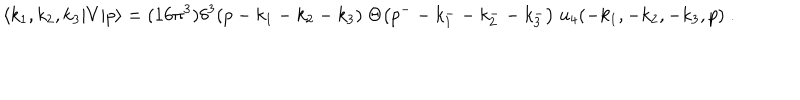
\langle k _ { 1 } , k _ { 2 } , k _ { 3 } | V | p \rangle = ( 1 6 \pi ^ { 3 } ) \delta ^ { 3 } ( p - k _ { 1 } - k _ { 2 } - k _ { 3 } ) \; \Theta \bigl ( p ^ { -- } k _ { 1 } ^ { -- } k _ { 2 } ^ { -- } k _ { 3 } ^ { - } \bigr ) \; u _ { 4 } ( - k _ { 1 } , - k _ { 2 } , - k _ { 3 } , p ) \; .